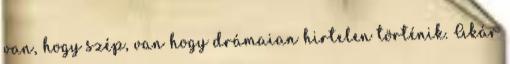
van, hogy szép, van hogy drámaian hirtelen történik. Akár